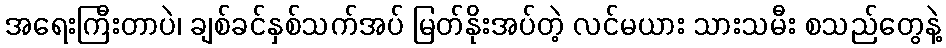
အရေးကြီးတာပဲ၊ ချစ်ခင်နှစ်သက်အပ် မြတ်နိုးအပ်တဲ့ လင်မယား သားသမီး စသည်တွေနဲ့